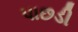
પાછડી